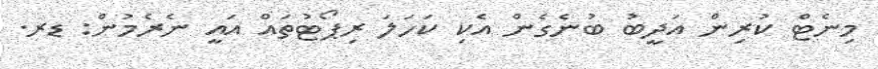
މިނެޓް ކުރިން އަދީބު ބުނެގެން އެކި ކަހަލަ ރިޕޯޓުތައް އައީ ނެރެމުން: ޑރ.